Scientific memoirs by medical officers of the Army of India - Part VIII,
Year: 1894
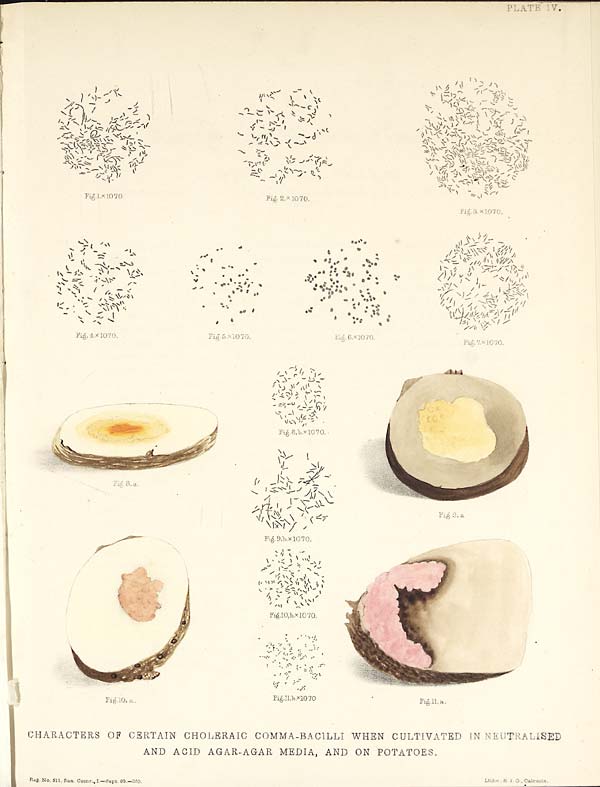
CHARACTERS OF CERTAIN CHOLERAIC COMMA-BACILLI WHEN CULTIVATED IN NEUTIRALISED
AND ACID AGAR-AGAR MEDIA, AND ON POTATOES.
Reg. No. 511, San Comr. I—Sept. 93.—350.
Litho S. I. O., Calcutta.